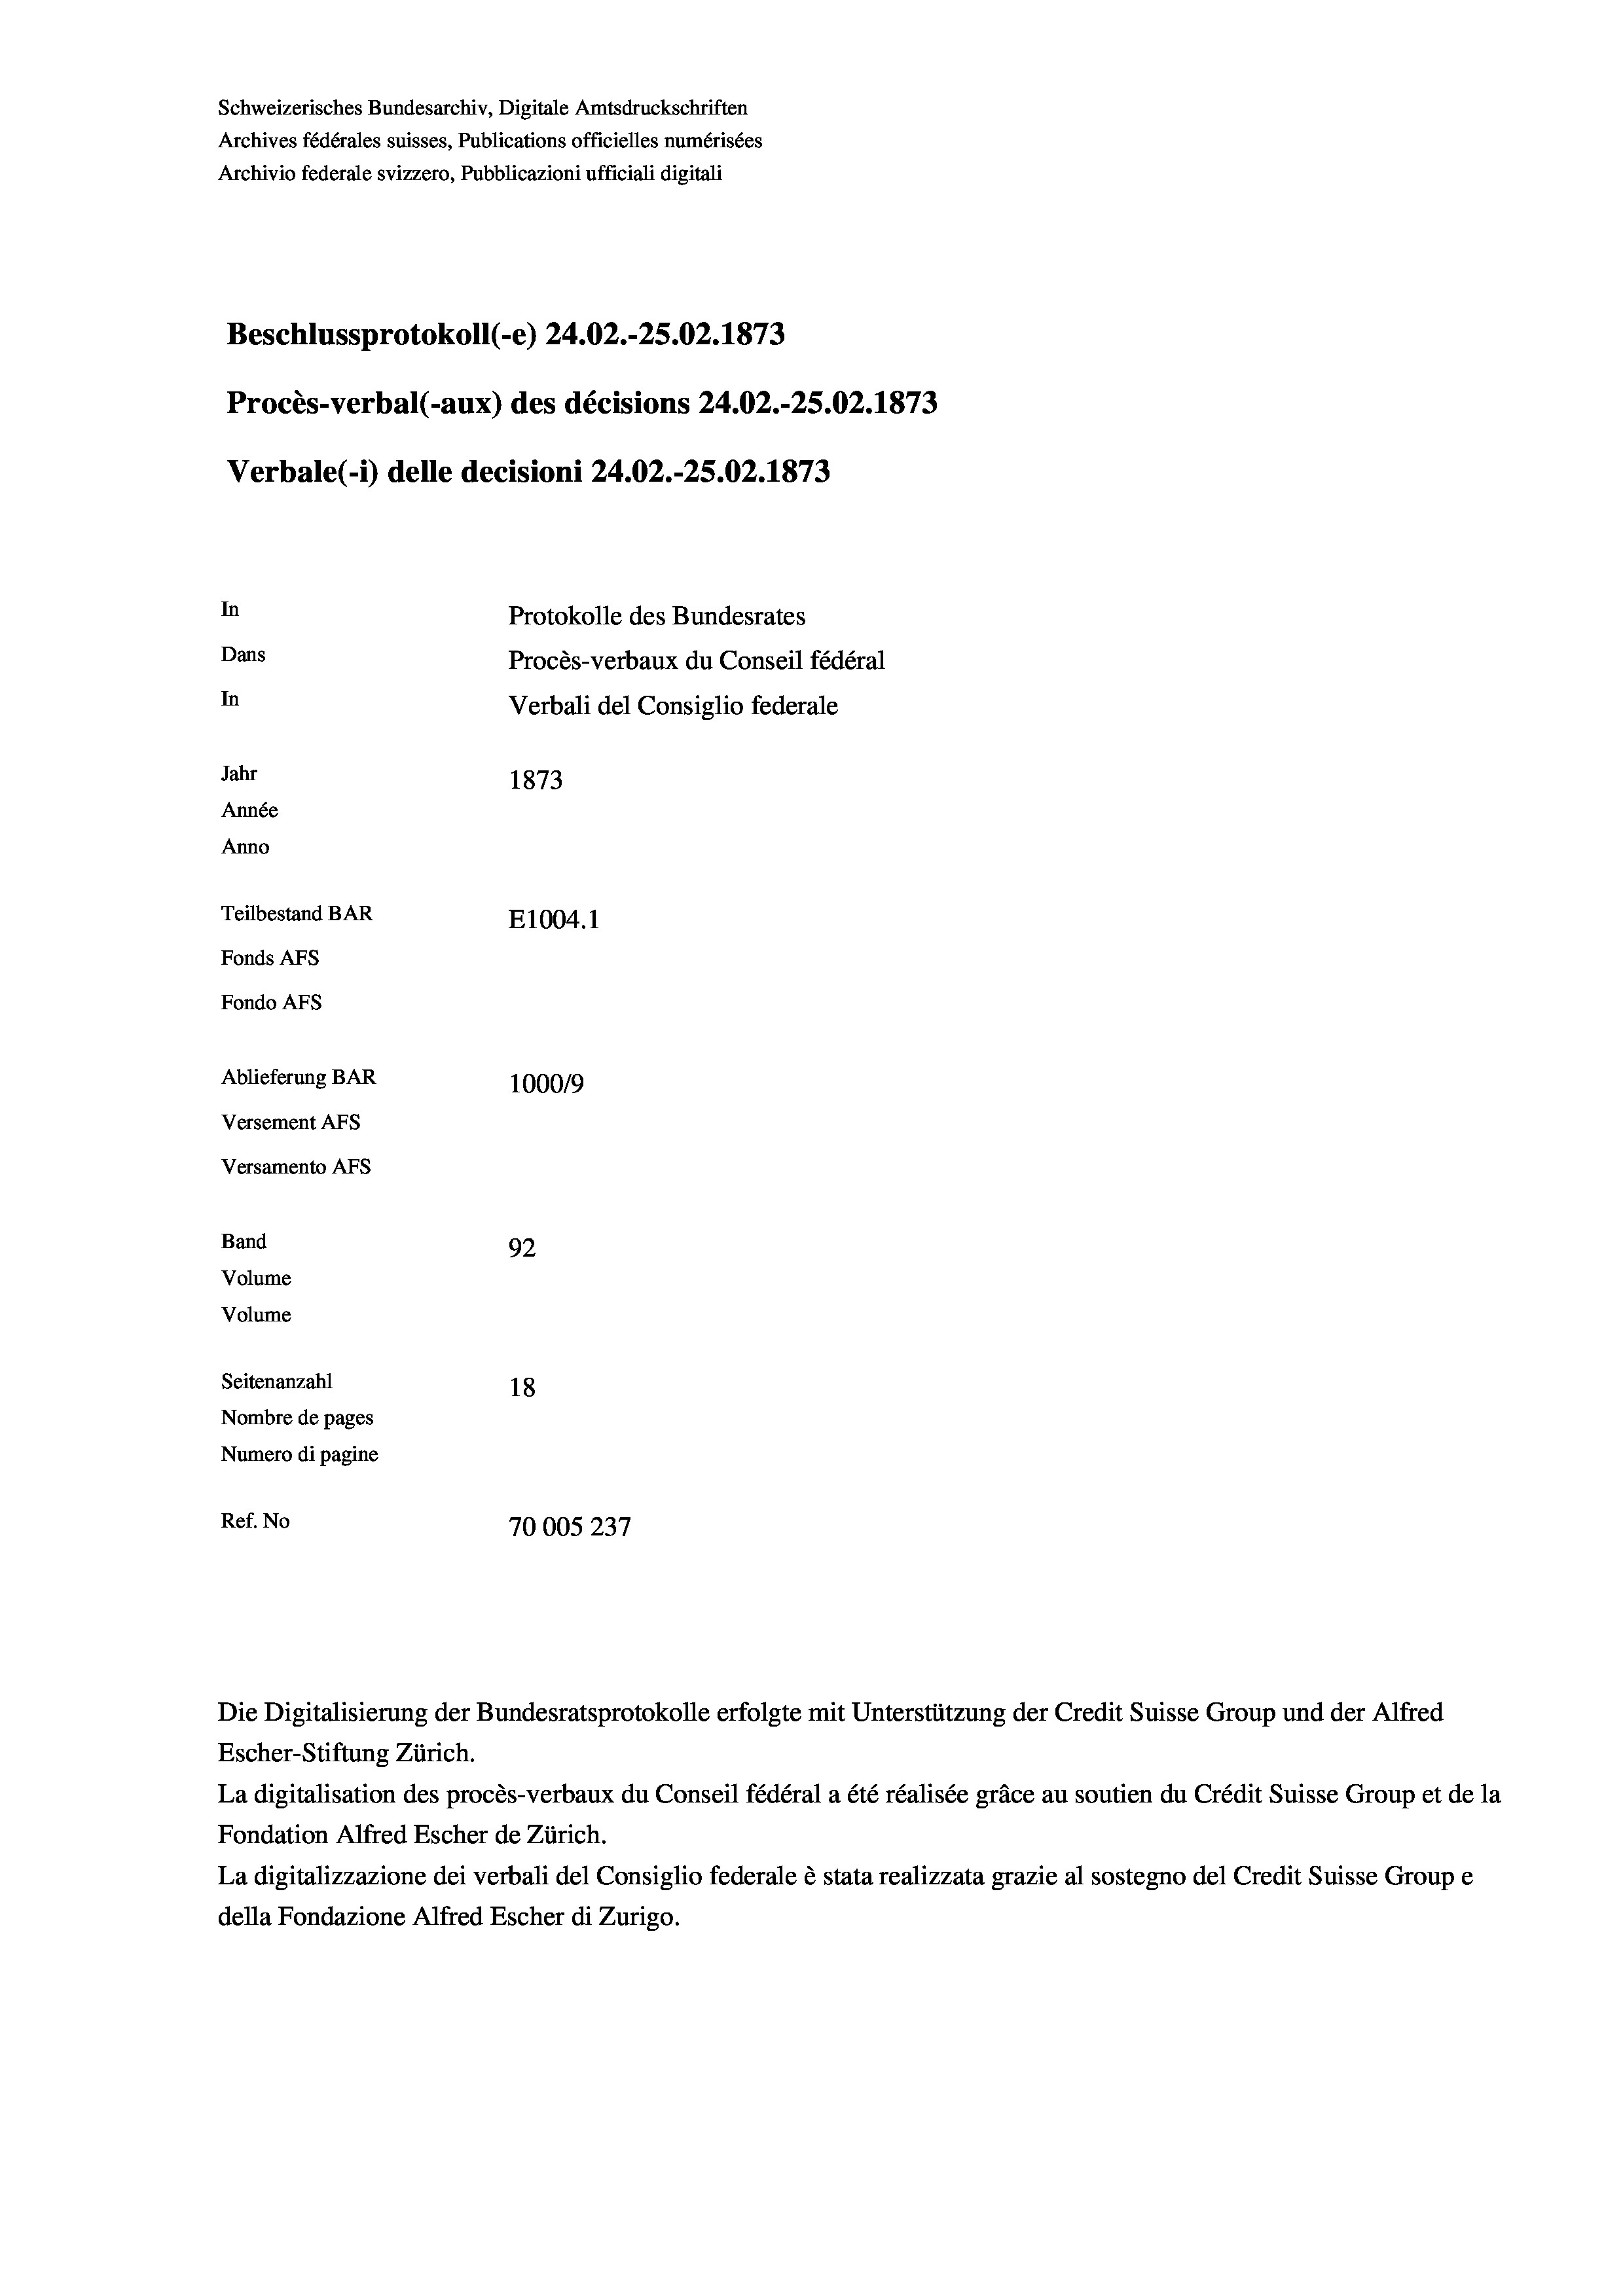
Schweizerisches Bundesarchiv, Digitale Amtsdruckschriften
Archives fédérales suisses, Publications officielles numérisées
Archivio federale svizzero, Pubblicazioni ufficiali digitali
Beschlussprotokoll (-e) 24.02.-25.02. 1873
Procès-verbal (-aux) des décisions 24.02.-25.02. 1873
Verbale (- 1) delle decisioni 24.02.-25.02. 1873
In
Protokolle des Bundesrates
Dans
Procès-verbaux du Conseil fédéral
In
Verbali del Consiglio federale
Jahr
1873
Année
Anno
Teilbestand BAR
E1004. 1
Fonds AFs
Fondo Afs
Ablieferung BAR
100019
Versement AFs
Versamento AFs

Band
Volume
Volume

92
Seitenanzahl
18
Nombre de pages
Numero di pagine
Ref. No
70005 237

La digitalisation des procès-verbaux du Conseil fédéral a été réalisée gräce au soutien du Crédit Suisse Group et de la
Fondation Alfred Escher de Zürich.
La digitalizzazione dei verbali del Consiglio federale è stata realizzata grazie al sostegno del Credit Suisse Groupe
della Fondazione Alfred Escher di Zurigo.

Die Digitalisierung der Bundesratsprotokolle erfolgte mit Unterstützung der Credit Suisse Group und der Alfred
Escher-Stiftung Zürich.